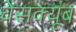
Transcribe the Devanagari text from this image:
चेसक्यूब